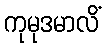
ကုမုဒမာလိံ